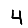
Digit: 4